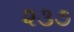
૨૩૭